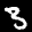
Label: 3